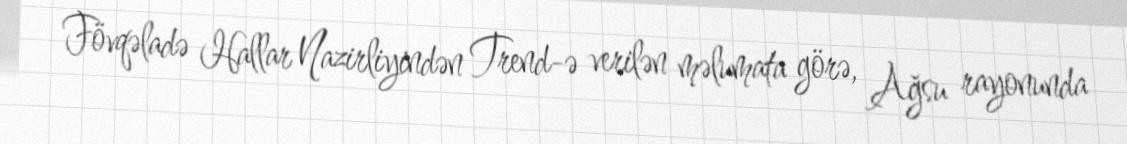
Fövqəladə Hallar Nazirliyindən Trend-ə verilən məlumata görə, Ağsu rayonunda